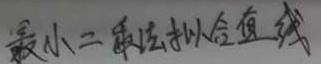
最小二乘法拟合直线